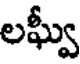
లఘ్వీ